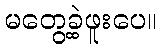
မတွေ့ခဲ့ဖူးပေ။